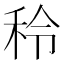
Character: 秢